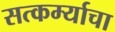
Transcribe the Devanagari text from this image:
सत्कर्म्याचा